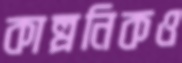
কাল্পনিকও